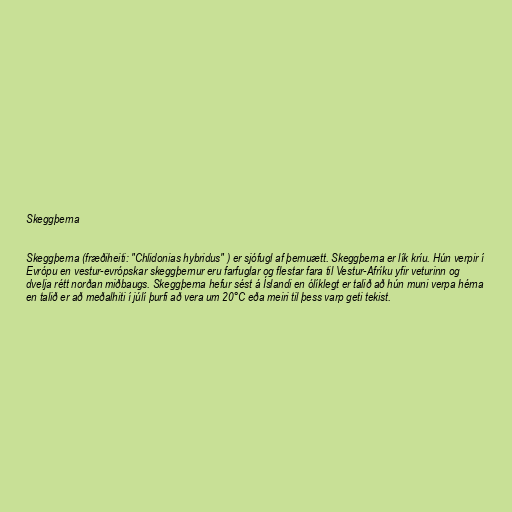
Skeggþerna

Skeggþerna (fræðiheiti: "Chlidonias hybridus" ) er sjófugl af þernuætt. Skeggþerna er lík kríu. Hún verpir í
Evrópu en vestur-evrópskar skeggþernur eru farfuglar og flestar fara til Vestur-Afríku yfir veturinn og
dvelja rétt norðan miðbaugs. Skeggþerna hefur sést á Íslandi en ólíklegt er talið að hún muni verpa hérna
en talið er að meðalhiti í júlí þurfi að vera um 20°C eða meiri til þess varp geti tekist.